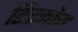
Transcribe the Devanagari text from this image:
डिस्कोस